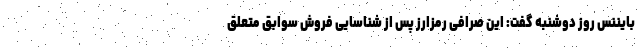
بایننس روز دوشنبه گفت: این صرافی رمزارز پس از شناسایی فروش سوابق متعلق